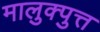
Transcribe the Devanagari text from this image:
मालुक्पुत्त